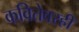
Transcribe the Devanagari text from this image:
कवितेवरही